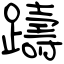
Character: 躊